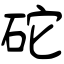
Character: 砣